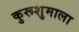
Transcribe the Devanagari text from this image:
कुरूशुमाला